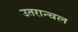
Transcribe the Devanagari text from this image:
उतरान्चल